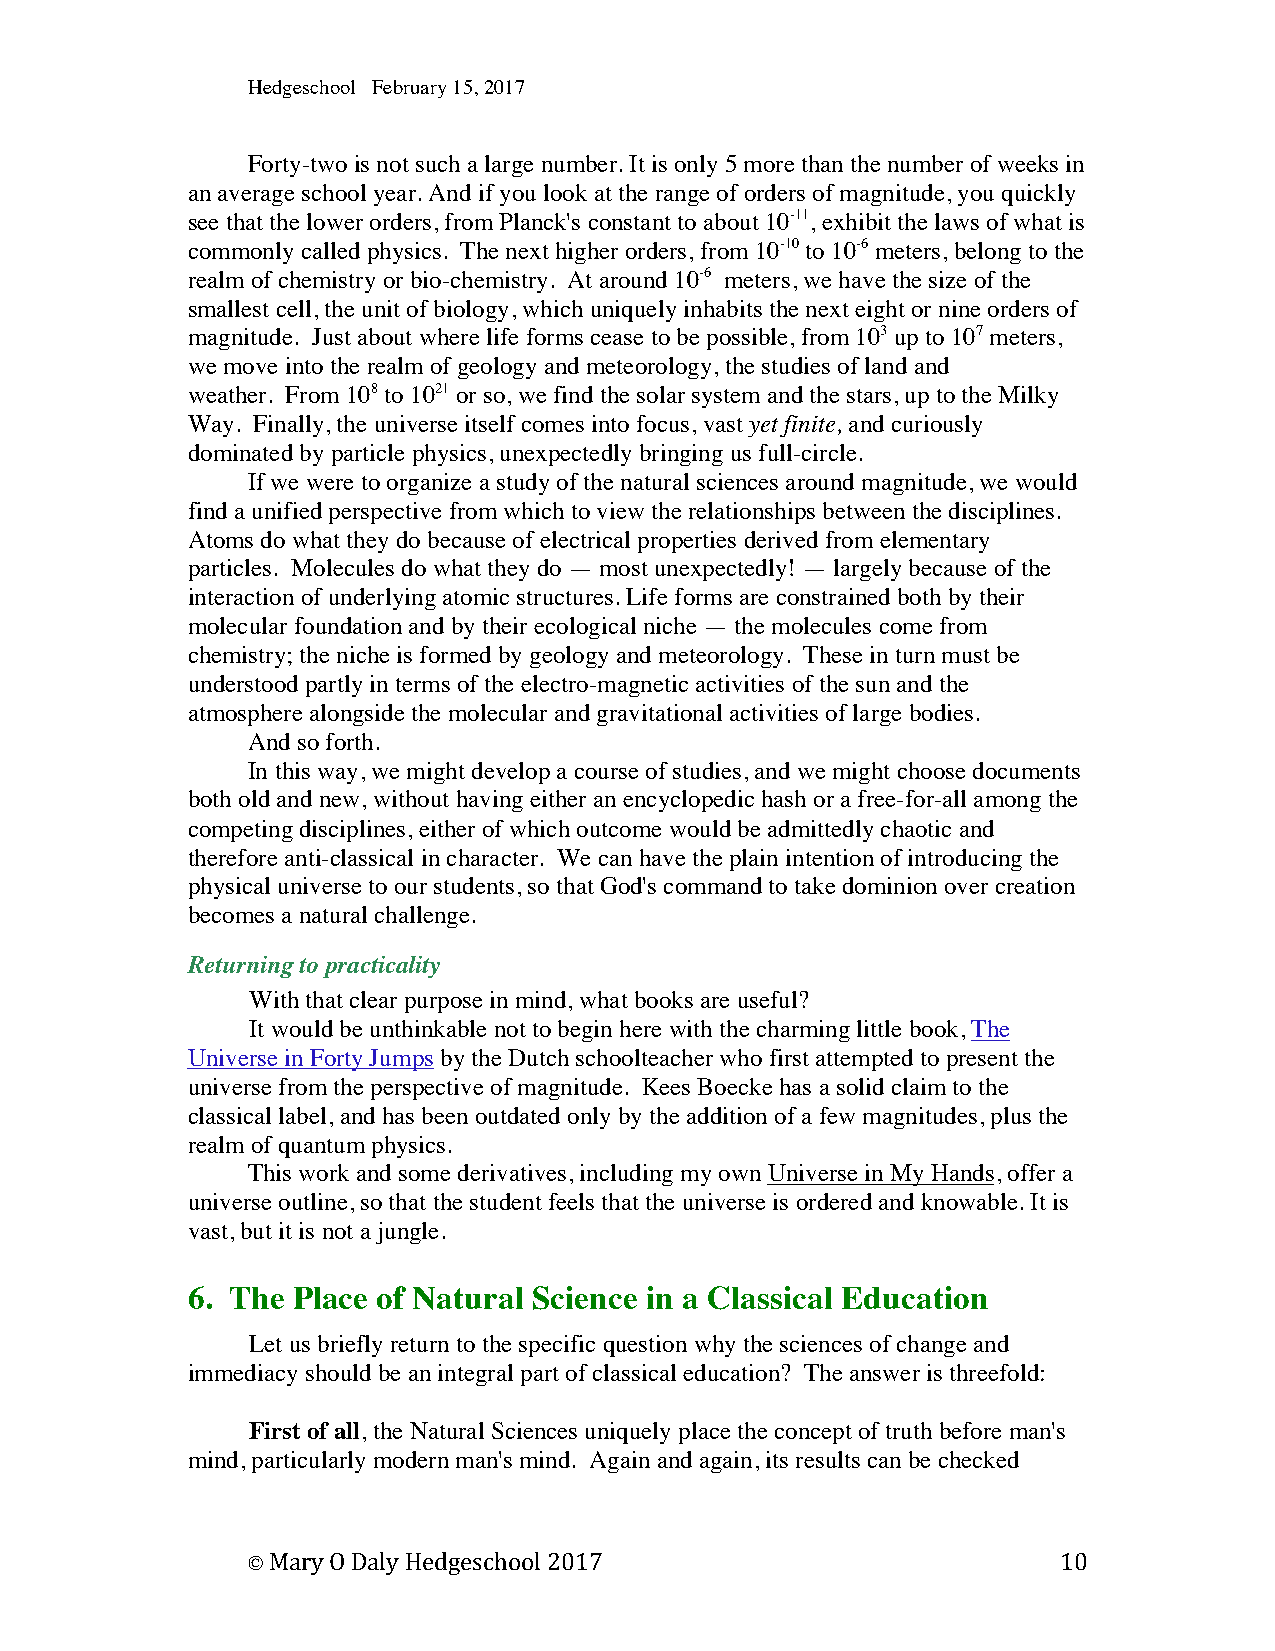
Hedgeschool February 15, 2017
 Forty-two is not such a large number. It is only 5 more than the number of weeks in
 an average school year. And if you look at the range of orders of magnitude, you quickly
 see that the lower orders, from Planck's constant to about 10-11, exhibit the laws of what is
 commonly called physics. The next higher orders, from 10-10 to 10-6 meters, belong to the
 realm of chemistry or bio-chemistry. At around 10-6 meters, we have the size of the
 smallest cell, the unit of biology, which uniquely inhabits the next eight or nine orders of
 magnitude. Just about where life forms cease to be possible, from 103 up to 107 meters,
 we move into the realm of geology and meteorology, the studies of land and
 weather. From 108 to 1021 or so, we find the solar system and the stars, up to the Milky
 Way. Finally, the universe itself comes into focus, vast yet finite, and curiously
 dominated by particle physics, unexpectedly bringing us full-circle.
 If we were to organize a study of the natural sciences around magnitude, we would
 find a unified perspective from which to view the relationships between the disciplines.
 Atoms do what they do because of electrical properties derived from elementary
 particles. Molecules do what they do — most unexpectedly! — largely because of the
 interaction of underlying atomic structures. Life forms are constrained both by their
 molecular foundation and by their ecological niche — the molecules come from
 chemistry; the niche is formed by geology and meteorology. These in turn must be
 understood partly in terms of the electro-magnetic activities of the sun and the
 atmosphere alongside the molecular and gravitational activities of large bodies.
 And so forth.
 In this way, we might develop a course of studies, and we might choose documents
 both old and new, without having either an encyclopedic hash or a free-for-all among the
 competing disciplines, either of which outcome would be admittedly chaotic and
 therefore anti-classical in character. We can have the plain intention of introducing the
 physical universe to our students, so that God's command to take dominion over creation
 becomes a natural challenge.
 Returning to practicality
 With that clear purpose in mind, what books are useful?
 It would be unthinkable not to begin here with the charming little book, The
 Universe in Forty Jumps by the Dutch schoolteacher who first attempted to present the
 universe from the perspective of magnitude. Kees Boecke has a solid claim to the
 classical label, and has been outdated only by the addition of a few magnitudes, plus the
 realm of quantum physics.
 This work and some derivatives, including my own Universe in My Hands, offer a
 universe outline, so that the student feels that the universe is ordered and knowable. It is
 vast, but it is not a jungle.
 6. The Place of Natural Science in a Classical Education
 Let us briefly return to the specific question why the sciences of change and
 immediacy should be an integral part of classical education? The answer is threefold:
 First of all, the Natural Sciences uniquely place the concept of truth before man's
 mind, particularly modern man's mind. Again and again, its results can be checked
 © Mary O Daly Hedgeschool 2017                        10